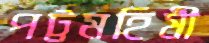
পট্টমহিষী